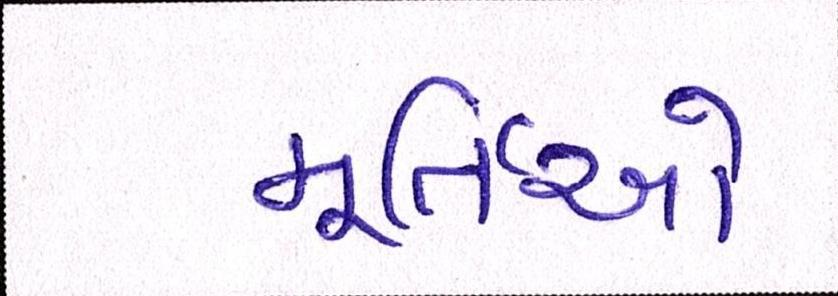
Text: મૂર્તિઓ